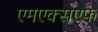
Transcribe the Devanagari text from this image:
एमएक्सएफ